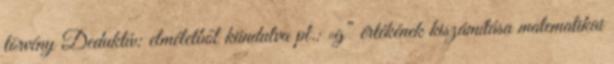
törvény Deduktív: elméletből kiindulva pl.: „g” értékének kiszámítása matematikai